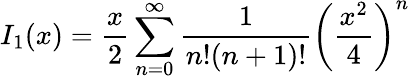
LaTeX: I_{1}(x)=\frac{x}{2}\sum_{n=0}^{\infty}\frac{1}{n!(n+1)!}\left(\frac{x^{2}}{4}\right)^{n}